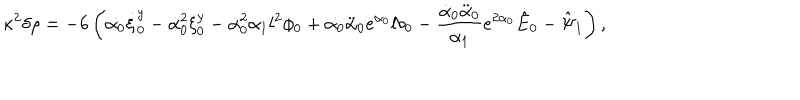
\kappa ^ { 2 } \delta \rho = - 6 \left( \dot { \alpha _ { 0 } } \dot { \xi } _ { 0 } ^ { y } - \dot { \alpha } _ { 0 } ^ { 2 } \xi _ { 0 } ^ { y } - \dot { \alpha } _ { 0 } ^ { 2 } \alpha _ { 1 } l ^ { 2 } \phi _ { 0 } + \dot { \alpha _ { 0 } } \ddot { \alpha } _ { 0 } e ^ { \alpha _ { 0 } } l b _ { 0 } - \frac { \dot { \alpha } _ { 0 } \ddot { \alpha } _ { 0 } } { \alpha _ { 1 } } e ^ { 2 \alpha _ { 0 } } \dot { \hat { E } } _ { 0 } - \hat { \Psi } _ { 1 } \right) ,